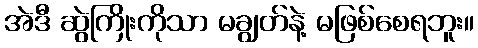
အဲဒီ ဆွဲကြိုးကိုသာ မချွတ်နဲ့ မဖြစ်စေရဘူး။